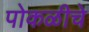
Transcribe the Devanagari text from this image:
पोकळीचे